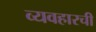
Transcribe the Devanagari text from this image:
व्यवहारची